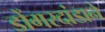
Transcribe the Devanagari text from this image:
डोंगरदांडाने